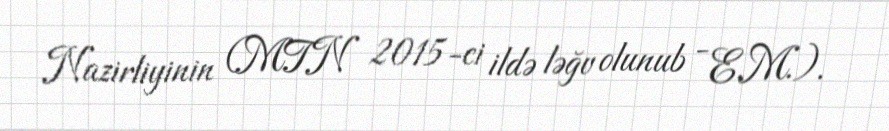
Nazirliyinin (MTN 2015-ci ildə ləğv olunub - E.M.).